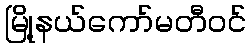
မြို့နယ်ကော်မတီဝင်